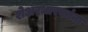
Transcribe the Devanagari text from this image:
शेअरधारकांना